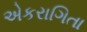
એકરાગિતા